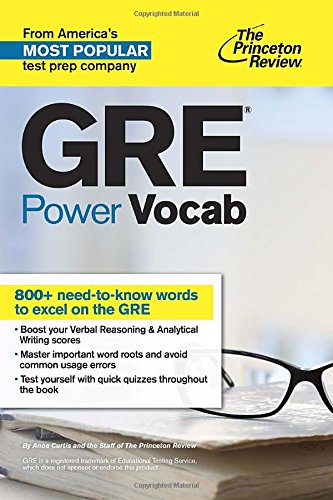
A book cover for GRE Power Vocab (Graduate School Test Preparation); Princeton Review; Test Preparation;